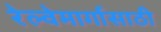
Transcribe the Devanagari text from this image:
रेल्वेमार्गासाठी